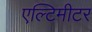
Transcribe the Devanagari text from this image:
एल्टिमीटर